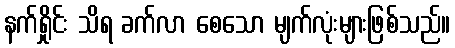
နက်ရှိုင်း သိရ ခက်လာ စေသော မျက်လုံးများဖြစ်သည်။